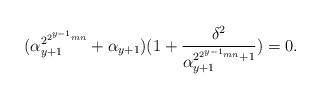
LaTeX: \begin{align*}(\alpha^{2^{2^{y-1}mn}}_{y+1}+\alpha_{y+1})(1+\frac{\delta^2}{{\alpha}_{y+1}^{2^{2^{y-1}mn}+1}})=0.\end{align*}